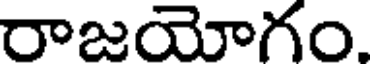
రాజయోగం.